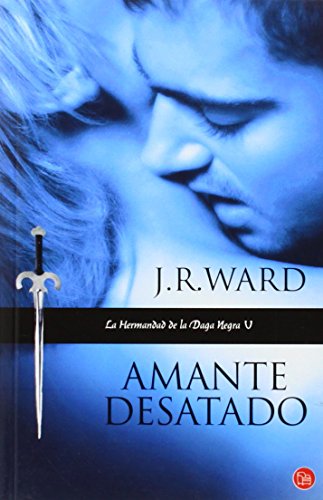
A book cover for Amante Desatado (La Hermandad de la Daga Negra) (Spanish Edition); J. R. Ward; Romance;